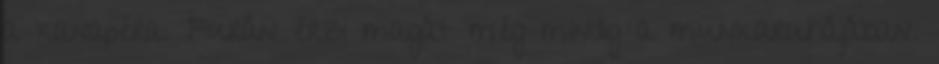
a kanapéra. Furán érzi magát még mindig a munkaruhájában.